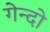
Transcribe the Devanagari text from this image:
गेन्दो